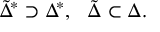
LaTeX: { \tilde { \Delta } } ^ { * } \supset { { \Delta } ^ { * } } , \ \ { \tilde { \Delta } } \subset { \Delta } .